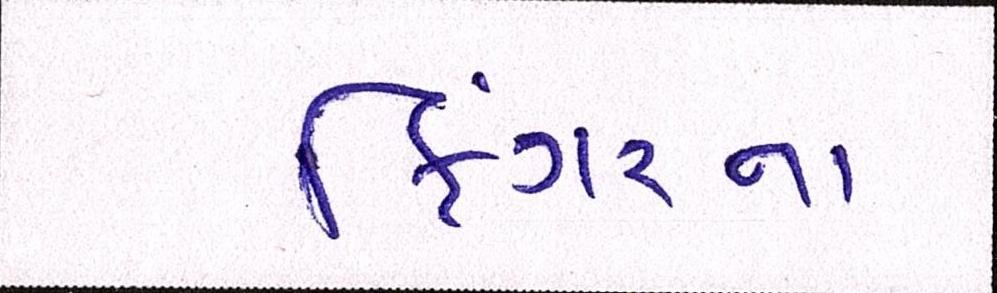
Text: ફિંગરના